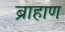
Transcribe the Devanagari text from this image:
ब्राहाण